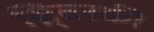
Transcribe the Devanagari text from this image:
स्नि्तस्की